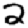
Digit: 2